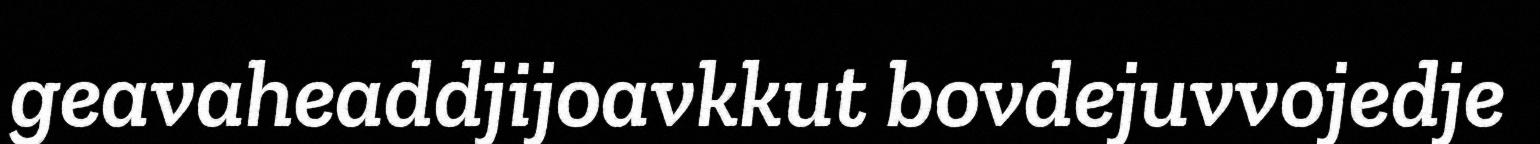
geavaheaddjijoavkkut bovdejuvvojedje